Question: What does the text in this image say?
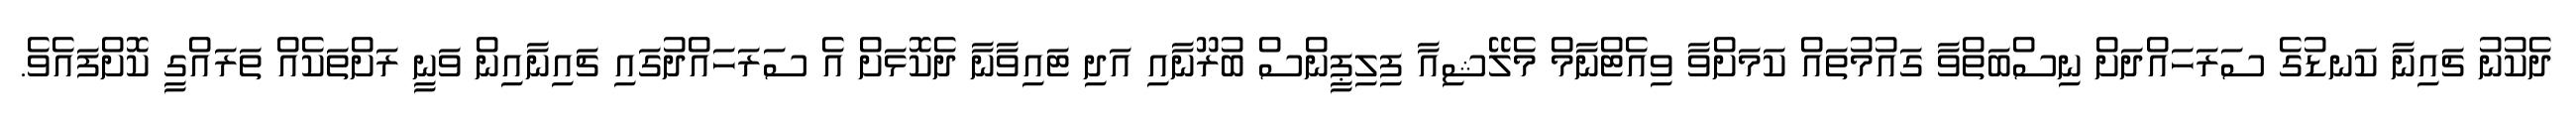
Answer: ދެކުނު ޗައިނާ ކަނޑުގެ ސަރަހައްދަށް ނިސްބަތްވާ ގައުމުތައް ކަމަށްވާ ވިއެޓްނާމް މެލޭޝިއާ ފިލިޕީންސް ބުރޫނާއި އަދި ޓައިވާނާ ދެކޮޅަށް އެ ސަރަހައްދުގައި ޗައިނާއިން ވަނީ ރަށްތަކެއް ތަރައްގީ ކޮށްފައެވެ.